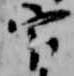
官